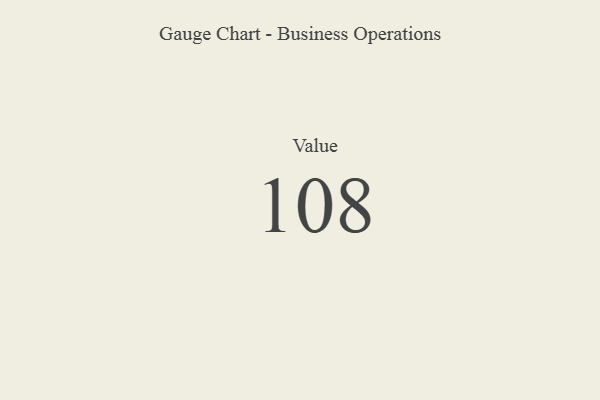
{"axis": {"x": "Metric", "y": "Value"}, "legend": [""], "data": [{"x": "Value", "y": 108, "type": ""}]}